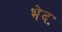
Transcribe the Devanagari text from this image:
भेदः